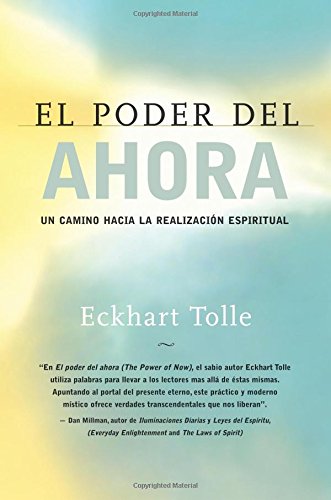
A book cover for El poder del ahora: Un camino hacia la realizacion espiritual (Spanish Edition); Eckhart Tolle; Self-Help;